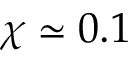
\chi \simeq 0 . 1